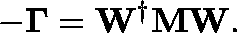
- \mathbf { \Gamma } = \mathbf { W } ^ { \dagger } \mathbf { M } \mathbf { W } .